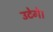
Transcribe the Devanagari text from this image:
उटेगे।